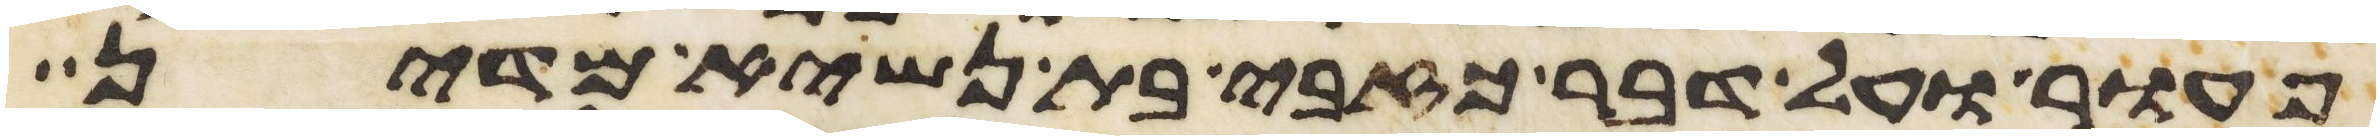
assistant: פעור ועל דבר כזבי בת נשיא מדין